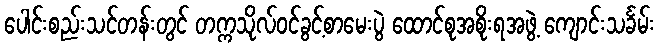
ပေါင်းစည်းသင်တန်းတွင် တက္ကသိုလ်ဝင်ခွင့်စာမေးပွဲ ထောင်စုအစိုးရအဖွဲ့ ကျောင်းသင်္ခမ်း